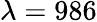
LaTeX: \lambda=986